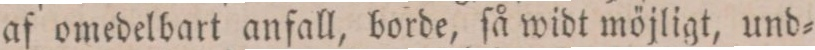
af omedelbart anfall, borde, ſå widt möjligt, und=